Medical and sanitary report of the native army of Bengal for the year
Year: 1876
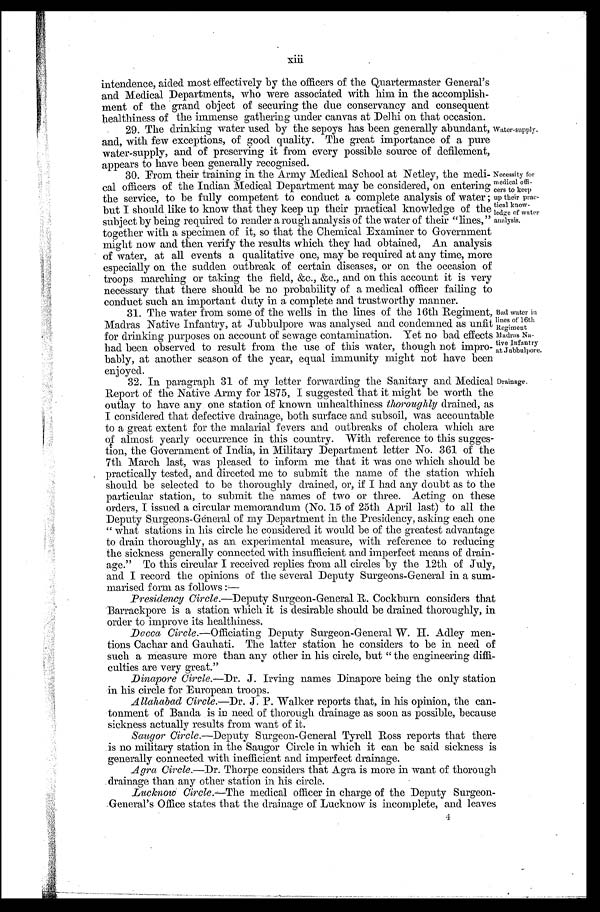
xiii
intendence, aided most effectively by the officers of the Quartermaster General's
and Medical Departments, who were associated with him in the accomplish-
ment of the grand object of securing the due conservancy and consequent
healthiness of the immense gathering under canvas at Delhi on that occasion.
29. The drinking water used by the sepoys has been generally abundant,
and, with few exceptions, of good quality. The great importance of a pure
water-supply, and of preserving it from every possible source of defilement,
app ears to have been generally recognised.
Water-supply.
30. From their training in the Army Medical School at Netley, the medi-
cal officers of the Indian Medical Department may be considered, on entering
the service, to be fully competent to conduct a complete analysis of water;
but I should like to know that they keep up their practical knowledge of the
subject by being required to render a rough analysis of the water of their "lines,"
together with a specimen of it, so that the Chemical Examiner to Government
might now and then verify the results which they had obtained, An analysis
of water, at all events a qualitative one, may be required at any time, more
especially on the sudden outbreak of certain diseases, or on the occasion of
troops marching or taking the field, &c., &c., and on this account it is very
necessary that there should be no probability of a medical officer failing to
conduct such an important duty in a complete and trustworthy manner.
31. The water from some of the wells in the lines of the 16th Regiment,
Madras Native Infantry, at Jubbulpore was analysed and condemned as unfit
for drinking purposes on account of sewage contamination. Yet no bad effects
had been observed to result from the use of this water, though not impro-
bably, at another season of the year, equal immunity might not have been
enjoyed.
Necessity for
medical offi-
cers to keep
up their prac-
tical know
l e d g e o f w a t e r
Bad water in
lines of 16th
Regiment
Madras Na-
tive Infantry
at Jubbulpore.
32. In paragraph 31 of my letter forwarding the Sanitary and Medical
Report of the Native Army for 1875, I suggested that it might be worth the
outlay to have any one station of known unhealthiness thoroughly drained, as
I considered that defective drainage, both surface and subsoil, was accountable
to a great extent for the malarial fevers and outbreaks of cholera which are
of almost yearly occurrence in this country. With reference to this sugges-
tion, the Government of India, in Military Department letter No. 361 of the
7th March last, was pleased to inform me that it was one which should be
practically tested, and directed me to submit the name of the station which
should be selected to be thoroughly drained, or, if I had any doubt as to the
particular station, to submit the names of two or three. Acting on these
orders, I issued a circular memorandum (No. 15 of 25th April last) to all the
Deputy Surgeons-General of my Department in the Presidency, asking each one
" what stations in his circle he considered it would be of the greatest advantage
to drain thoroughly, as an experimental measure, with reference to reducing
the sickness generally connected with insufficient and imperfect means of drain-
age." To this circular I received replies from all circles by the 12th of July,
and I record the opinions of the several Deputy Surgeons-General in a sum-
marised form as follows :—
Presidency Circle.—Deputy Surgeon-General R. Cockburn considers that
Barrackpore is a station which it is desirable should be drained thoroughly, in
order to improve its healthiness.
Dacca Circle.—Officiating Deputy Surgeon-General W. H. Adley men-
tions Cachar and Gauhati. The latter station he considers to be in need of
such a measure more than any other in his circle, but " the engineering diffi-
culties are very great."
Dinapore Circle.—Dr. J. Irving names Dinapore being the only station
in his circle for European troops.
Allahabad Circle.—Dr . J. P. Walker reports that, in his opinion, the can-
tonment of Banda is in need of thorough drainage as soon as possible, because
sickness actually results from want of it.
Saugor Circle.—Deputy Surgeon-General Tyrell Ross reports that there
is no military station in the Saugor Circle in which it can be said sickness is
generally connected with inefficient and imperfect drainage.
Agra Circle.—Dr. Thorpe considers that Agra is more in want of thorough
drainage than any other station in his circle.
Lucknow Circle.— The medical officer in charge of the Deputy Surgeon-
General's Office states that the drainage of Lucknow is incomplete, and leaves
4
Drainage.